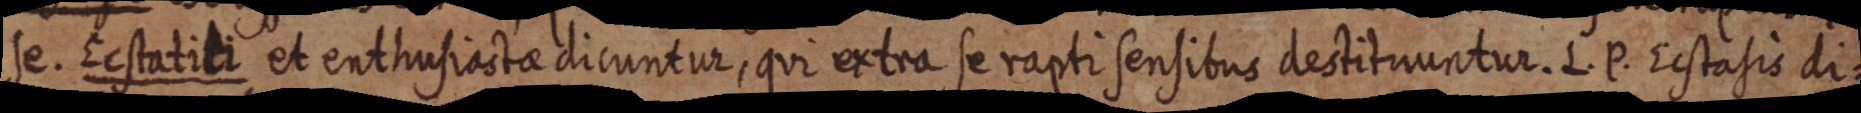
se. Ecstatiti et enthusiastae dicuntur, qui extra se rapti sensibus destituuntur. L. P. Ecstasis di